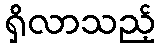
ရှိလာသည့်